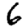
Digit: 6